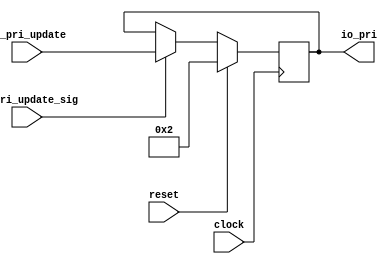
module Pri_elem_8(
  input        clock,
  input        reset,
  output [4:0] io_pri,
  input  [4:0] io_pri_update,
  input        io_pri_update_sig
);
`ifdef RANDOMIZE_REG_INIT
  reg [31:0] _RAND_0;
`endif // RANDOMIZE_REG_INIT
  reg [4:0] Pri; // @[Priority_agent.scala 21:18]
  assign io_pri = Pri; // @[Priority_agent.scala 31:9]
  always @(posedge clock) begin
    if (reset) begin // @[Priority_agent.scala 21:18]
      Pri <= 5'h2; // @[Priority_agent.scala 21:18]
    end else if (io_pri_update_sig) begin // @[Priority_agent.scala 40:3]
      Pri <= io_pri_update; // @[Priority_agent.scala 40:7]
    end else if (io_pri_update_sig) begin // @[Priority_agent.scala 27:3]
      Pri <= io_pri_update; // @[Priority_agent.scala 28:8]
    end
  end
// Register and memory initialization
`ifdef RANDOMIZE_GARBAGE_ASSIGN
`define RANDOMIZE
`endif
`ifdef RANDOMIZE_INVALID_ASSIGN
`define RANDOMIZE
`endif
`ifdef RANDOMIZE_REG_INIT
`define RANDOMIZE
`endif
`ifdef RANDOMIZE_MEM_INIT
`define RANDOMIZE
`endif
`ifndef RANDOM
`define RANDOM $random
`endif
`ifdef RANDOMIZE_MEM_INIT
  integer initvar;
`endif
`ifndef SYNTHESIS
`ifdef FIRRTL_BEFORE_INITIAL
`FIRRTL_BEFORE_INITIAL
`endif
initial begin
  `ifdef RANDOMIZE
    `ifdef INIT_RANDOM
      `INIT_RANDOM
    `endif
    `ifndef VERILATOR
      `ifdef RANDOMIZE_DELAY
        #`RANDOMIZE_DELAY begin end
      `else
        #0.002 begin end
      `endif
    `endif
`ifdef RANDOMIZE_REG_INIT
  _RAND_0 = {1{`RANDOM}};
  Pri = _RAND_0[4:0];
`endif // RANDOMIZE_REG_INIT
  `endif // RANDOMIZE
end // initial
`ifdef FIRRTL_AFTER_INITIAL
`FIRRTL_AFTER_INITIAL
`endif
`endif // SYNTHESIS
endmodule
module Pri_elem_9(
  input        clock,
  input        reset,
  output [4:0] io_pri,
  input  [4:0] io_pri_update,
  input        io_pri_update_sig
);
`ifdef RANDOMIZE_REG_INIT
  reg [31:0] _RAND_0;
`endif // RANDOMIZE_REG_INIT
  reg [4:0] Pri; // @[Priority_agent.scala 21:18]
  assign io_pri = Pri; // @[Priority_agent.scala 31:9]
  always @(posedge clock) begin
    if (reset) begin // @[Priority_agent.scala 21:18]
      Pri <= 5'h2; // @[Priority_agent.scala 21:18]
    end else if (io_pri_update_sig) begin // @[Priority_agent.scala 40:3]
      Pri <= io_pri_update; // @[Priority_agent.scala 40:7]
    end else if (io_pri_update_sig) begin // @[Priority_agent.scala 27:3]
      Pri <= io_pri_update; // @[Priority_agent.scala 28:8]
    end
  end
// Register and memory initialization
`ifdef RANDOMIZE_GARBAGE_ASSIGN
`define RANDOMIZE
`endif
`ifdef RANDOMIZE_INVALID_ASSIGN
`define RANDOMIZE
`endif
`ifdef RANDOMIZE_REG_INIT
`define RANDOMIZE
`endif
`ifdef RANDOMIZE_MEM_INIT
`define RANDOMIZE
`endif
`ifndef RANDOM
`define RANDOM $random
`endif
`ifdef RANDOMIZE_MEM_INIT
  integer initvar;
`endif
`ifndef SYNTHESIS
`ifdef FIRRTL_BEFORE_INITIAL
`FIRRTL_BEFORE_INITIAL
`endif
initial begin
  `ifdef RANDOMIZE
    `ifdef INIT_RANDOM
      `INIT_RANDOM
    `endif
    `ifndef VERILATOR
      `ifdef RANDOMIZE_DELAY
        #`RANDOMIZE_DELAY begin end
      `else
        #0.002 begin end
      `endif
    `endif
`ifdef RANDOMIZE_REG_INIT
  _RAND_0 = {1{`RANDOM}};
  Pri = _RAND_0[4:0];
`endif // RANDOMIZE_REG_INIT
  `endif // RANDOMIZE
end // initial
`ifdef FIRRTL_AFTER_INITIAL
`FIRRTL_AFTER_INITIAL
`endif
`endif // SYNTHESIS
endmodule
module Pri_elem_10(
  input        clock,
  input        reset,
  output [4:0] io_pri,
  input  [4:0] io_pri_update,
  input        io_pri_update_sig
);
`ifdef RANDOMIZE_REG_INIT
  reg [31:0] _RAND_0;
`endif // RANDOMIZE_REG_INIT
  reg [4:0] Pri; // @[Priority_agent.scala 21:18]
  assign io_pri = Pri; // @[Priority_agent.scala 31:9]
  always @(posedge clock) begin
    if (reset) begin // @[Priority_agent.scala 21:18]
      Pri <= 5'h2; // @[Priority_agent.scala 21:18]
    end else if (io_pri_update_sig) begin // @[Priority_agent.scala 40:3]
      Pri <= io_pri_update; // @[Priority_agent.scala 40:7]
    end else if (io_pri_update_sig) begin // @[Priority_agent.scala 27:3]
      Pri <= io_pri_update; // @[Priority_agent.scala 28:8]
    end
  end
// Register and memory initialization
`ifdef RANDOMIZE_GARBAGE_ASSIGN
`define RANDOMIZE
`endif
`ifdef RANDOMIZE_INVALID_ASSIGN
`define RANDOMIZE
`endif
`ifdef RANDOMIZE_REG_INIT
`define RANDOMIZE
`endif
`ifdef RANDOMIZE_MEM_INIT
`define RANDOMIZE
`endif
`ifndef RANDOM
`define RANDOM $random
`endif
`ifdef RANDOMIZE_MEM_INIT
  integer initvar;
`endif
`ifndef SYNTHESIS
`ifdef FIRRTL_BEFORE_INITIAL
`FIRRTL_BEFORE_INITIAL
`endif
initial begin
  `ifdef RANDOMIZE
    `ifdef INIT_RANDOM
      `INIT_RANDOM
    `endif
    `ifndef VERILATOR
      `ifdef RANDOMIZE_DELAY
        #`RANDOMIZE_DELAY begin end
      `else
        #0.002 begin end
      `endif
    `endif
`ifdef RANDOMIZE_REG_INIT
  _RAND_0 = {1{`RANDOM}};
  Pri = _RAND_0[4:0];
`endif // RANDOMIZE_REG_INIT
  `endif // RANDOMIZE
end // initial
`ifdef FIRRTL_AFTER_INITIAL
`FIRRTL_AFTER_INITIAL
`endif
`endif // SYNTHESIS
endmodule
module Pri_elem_11(
  input        clock,
  input        reset,
  output [4:0] io_pri,
  input  [4:0] io_pri_update,
  input        io_pri_update_sig
);
`ifdef RANDOMIZE_REG_INIT
  reg [31:0] _RAND_0;
`endif // RANDOMIZE_REG_INIT
  reg [4:0] Pri; // @[Priority_agent.scala 21:18]
  assign io_pri = Pri; // @[Priority_agent.scala 31:9]
  always @(posedge clock) begin
    if (reset) begin // @[Priority_agent.scala 21:18]
      Pri <= 5'h2; // @[Priority_agent.scala 21:18]
    end else if (io_pri_update_sig) begin // @[Priority_agent.scala 40:3]
      Pri <= io_pri_update; // @[Priority_agent.scala 40:7]
    end else if (io_pri_update_sig) begin // @[Priority_agent.scala 27:3]
      Pri <= io_pri_update; // @[Priority_agent.scala 28:8]
    end
  end
// Register and memory initialization
`ifdef RANDOMIZE_GARBAGE_ASSIGN
`define RANDOMIZE
`endif
`ifdef RANDOMIZE_INVALID_ASSIGN
`define RANDOMIZE
`endif
`ifdef RANDOMIZE_REG_INIT
`define RANDOMIZE
`endif
`ifdef RANDOMIZE_MEM_INIT
`define RANDOMIZE
`endif
`ifndef RANDOM
`define RANDOM $random
`endif
`ifdef RANDOMIZE_MEM_INIT
  integer initvar;
`endif
`ifndef SYNTHESIS
`ifdef FIRRTL_BEFORE_INITIAL
`FIRRTL_BEFORE_INITIAL
`endif
initial begin
  `ifdef RANDOMIZE
    `ifdef INIT_RANDOM
      `INIT_RANDOM
    `endif
    `ifndef VERILATOR
      `ifdef RANDOMIZE_DELAY
        #`RANDOMIZE_DELAY begin end
      `else
        #0.002 begin end
      `endif
    `endif
`ifdef RANDOMIZE_REG_INIT
  _RAND_0 = {1{`RANDOM}};
  Pri = _RAND_0[4:0];
`endif // RANDOMIZE_REG_INIT
  `endif // RANDOMIZE
end // initial
`ifdef FIRRTL_AFTER_INITIAL
`FIRRTL_AFTER_INITIAL
`endif
`endif // SYNTHESIS
endmodule
module Pri_elem_12(
  input        clock,
  input        reset,
  output [4:0] io_pri,
  input  [4:0] io_pri_update,
  input        io_pri_update_sig
);
`ifdef RANDOMIZE_REG_INIT
  reg [31:0] _RAND_0;
`endif // RANDOMIZE_REG_INIT
  reg [4:0] Pri; // @[Priority_agent.scala 21:18]
  assign io_pri = Pri; // @[Priority_agent.scala 31:9]
  always @(posedge clock) begin
    if (reset) begin // @[Priority_agent.scala 21:18]
      Pri <= 5'h2; // @[Priority_agent.scala 21:18]
    end else if (io_pri_update_sig) begin // @[Priority_agent.scala 40:3]
      Pri <= io_pri_update; // @[Priority_agent.scala 40:7]
    end else if (io_pri_update_sig) begin // @[Priority_agent.scala 27:3]
      Pri <= io_pri_update; // @[Priority_agent.scala 28:8]
    end
  end
// Register and memory initialization
`ifdef RANDOMIZE_GARBAGE_ASSIGN
`define RANDOMIZE
`endif
`ifdef RANDOMIZE_INVALID_ASSIGN
`define RANDOMIZE
`endif
`ifdef RANDOMIZE_REG_INIT
`define RANDOMIZE
`endif
`ifdef RANDOMIZE_MEM_INIT
`define RANDOMIZE
`endif
`ifndef RANDOM
`define RANDOM $random
`endif
`ifdef RANDOMIZE_MEM_INIT
  integer initvar;
`endif
`ifndef SYNTHESIS
`ifdef FIRRTL_BEFORE_INITIAL
`FIRRTL_BEFORE_INITIAL
`endif
initial begin
  `ifdef RANDOMIZE
    `ifdef INIT_RANDOM
      `INIT_RANDOM
    `endif
    `ifndef VERILATOR
      `ifdef RANDOMIZE_DELAY
        #`RANDOMIZE_DELAY begin end
      `else
        #0.002 begin end
      `endif
    `endif
`ifdef RANDOMIZE_REG_INIT
  _RAND_0 = {1{`RANDOM}};
  Pri = _RAND_0[4:0];
`endif // RANDOMIZE_REG_INIT
  `endif // RANDOMIZE
end // initial
`ifdef FIRRTL_AFTER_INITIAL
`FIRRTL_AFTER_INITIAL
`endif
`endif // SYNTHESIS
endmodule
module Pri_elem_13(
  input        clock,
  input        reset,
  output [4:0] io_pri,
  input  [4:0] io_pri_update,
  input        io_pri_update_sig
);
`ifdef RANDOMIZE_REG_INIT
  reg [31:0] _RAND_0;
`endif // RANDOMIZE_REG_INIT
  reg [4:0] Pri; // @[Priority_agent.scala 21:18]
  assign io_pri = Pri; // @[Priority_agent.scala 31:9]
  always @(posedge clock) begin
    if (reset) begin // @[Priority_agent.scala 21:18]
      Pri <= 5'h2; // @[Priority_agent.scala 21:18]
    end else if (io_pri_update_sig) begin // @[Priority_agent.scala 40:3]
      Pri <= io_pri_update; // @[Priority_agent.scala 40:7]
    end else if (io_pri_update_sig) begin // @[Priority_agent.scala 27:3]
      Pri <= io_pri_update; // @[Priority_agent.scala 28:8]
    end
  end
// Register and memory initialization
`ifdef RANDOMIZE_GARBAGE_ASSIGN
`define RANDOMIZE
`endif
`ifdef RANDOMIZE_INVALID_ASSIGN
`define RANDOMIZE
`endif
`ifdef RANDOMIZE_REG_INIT
`define RANDOMIZE
`endif
`ifdef RANDOMIZE_MEM_INIT
`define RANDOMIZE
`endif
`ifndef RANDOM
`define RANDOM $random
`endif
`ifdef RANDOMIZE_MEM_INIT
  integer initvar;
`endif
`ifndef SYNTHESIS
`ifdef FIRRTL_BEFORE_INITIAL
`FIRRTL_BEFORE_INITIAL
`endif
initial begin
  `ifdef RANDOMIZE
    `ifdef INIT_RANDOM
      `INIT_RANDOM
    `endif
    `ifndef VERILATOR
      `ifdef RANDOMIZE_DELAY
        #`RANDOMIZE_DELAY begin end
      `else
        #0.002 begin end
      `endif
    `endif
`ifdef RANDOMIZE_REG_INIT
  _RAND_0 = {1{`RANDOM}};
  Pri = _RAND_0[4:0];
`endif // RANDOMIZE_REG_INIT
  `endif // RANDOMIZE
end // initial
`ifdef FIRRTL_AFTER_INITIAL
`FIRRTL_AFTER_INITIAL
`endif
`endif // SYNTHESIS
endmodule
module Pri_elem_14(
  input        clock,
  input        reset,
  output [4:0] io_pri,
  input  [4:0] io_pri_update,
  input        io_pri_update_sig
);
`ifdef RANDOMIZE_REG_INIT
  reg [31:0] _RAND_0;
`endif // RANDOMIZE_REG_INIT
  reg [4:0] Pri; // @[Priority_agent.scala 21:18]
  assign io_pri = Pri; // @[Priority_agent.scala 31:9]
  always @(posedge clock) begin
    if (reset) begin // @[Priority_agent.scala 21:18]
      Pri <= 5'h2; // @[Priority_agent.scala 21:18]
    end else if (io_pri_update_sig) begin // @[Priority_agent.scala 40:3]
      Pri <= io_pri_update; // @[Priority_agent.scala 40:7]
    end else if (io_pri_update_sig) begin // @[Priority_agent.scala 27:3]
      Pri <= io_pri_update; // @[Priority_agent.scala 28:8]
    end
  end
// Register and memory initialization
`ifdef RANDOMIZE_GARBAGE_ASSIGN
`define RANDOMIZE
`endif
`ifdef RANDOMIZE_INVALID_ASSIGN
`define RANDOMIZE
`endif
`ifdef RANDOMIZE_REG_INIT
`define RANDOMIZE
`endif
`ifdef RANDOMIZE_MEM_INIT
`define RANDOMIZE
`endif
`ifndef RANDOM
`define RANDOM $random
`endif
`ifdef RANDOMIZE_MEM_INIT
  integer initvar;
`endif
`ifndef SYNTHESIS
`ifdef FIRRTL_BEFORE_INITIAL
`FIRRTL_BEFORE_INITIAL
`endif
initial begin
  `ifdef RANDOMIZE
    `ifdef INIT_RANDOM
      `INIT_RANDOM
    `endif
    `ifndef VERILATOR
      `ifdef RANDOMIZE_DELAY
        #`RANDOMIZE_DELAY begin end
      `else
        #0.002 begin end
      `endif
    `endif
`ifdef RANDOMIZE_REG_INIT
  _RAND_0 = {1{`RANDOM}};
  Pri = _RAND_0[4:0];
`endif // RANDOMIZE_REG_INIT
  `endif // RANDOMIZE
end // initial
`ifdef FIRRTL_AFTER_INITIAL
`FIRRTL_AFTER_INITIAL
`endif
`endif // SYNTHESIS
endmodule
module Pri_elem_15(
  input        clock,
  input        reset,
  output [4:0] io_pri,
  input  [4:0] io_pri_update,
  input        io_pri_update_sig
);
`ifdef RANDOMIZE_REG_INIT
  reg [31:0] _RAND_0;
`endif // RANDOMIZE_REG_INIT
  reg [4:0] Pri; // @[Priority_agent.scala 21:18]
  assign io_pri = Pri; // @[Priority_agent.scala 31:9]
  always @(posedge clock) begin
    if (reset) begin // @[Priority_agent.scala 21:18]
      Pri <= 5'h2; // @[Priority_agent.scala 21:18]
    end else if (io_pri_update_sig) begin // @[Priority_agent.scala 40:3]
      Pri <= io_pri_update; // @[Priority_agent.scala 40:7]
    end else if (io_pri_update_sig) begin // @[Priority_agent.scala 27:3]
      Pri <= io_pri_update; // @[Priority_agent.scala 28:8]
    end
  end
// Register and memory initialization
`ifdef RANDOMIZE_GARBAGE_ASSIGN
`define RANDOMIZE
`endif
`ifdef RANDOMIZE_INVALID_ASSIGN
`define RANDOMIZE
`endif
`ifdef RANDOMIZE_REG_INIT
`define RANDOMIZE
`endif
`ifdef RANDOMIZE_MEM_INIT
`define RANDOMIZE
`endif
`ifndef RANDOM
`define RANDOM $random
`endif
`ifdef RANDOMIZE_MEM_INIT
  integer initvar;
`endif
`ifndef SYNTHESIS
`ifdef FIRRTL_BEFORE_INITIAL
`FIRRTL_BEFORE_INITIAL
`endif
initial begin
  `ifdef RANDOMIZE
    `ifdef INIT_RANDOM
      `INIT_RANDOM
    `endif
    `ifndef VERILATOR
      `ifdef RANDOMIZE_DELAY
        #`RANDOMIZE_DELAY begin end
      `else
        #0.002 begin end
      `endif
    `endif
`ifdef RANDOMIZE_REG_INIT
  _RAND_0 = {1{`RANDOM}};
  Pri = _RAND_0[4:0];
`endif // RANDOMIZE_REG_INIT
  `endif // RANDOMIZE
end // initial
`ifdef FIRRTL_AFTER_INITIAL
`FIRRTL_AFTER_INITIAL
`endif
`endif // SYNTHESIS
endmodule
module By_ID_sel(
  output       io_sel_sig_0,
  output       io_sel_sig_1,
  output       io_sel_sig_2,
  output       io_sel_sig_3,
  output       io_sel_sig_4,
  output       io_sel_sig_5,
  output       io_sel_sig_6,
  output       io_sel_sig_7,
  input  [3:0] io_ID_in
);
  assign io_sel_sig_0 = io_ID_in == 4'h8; // @[By_ID_sel.scala 21:31]
  assign io_sel_sig_1 = io_ID_in == 4'h9; // @[By_ID_sel.scala 21:31]
  assign io_sel_sig_2 = io_ID_in == 4'ha; // @[By_ID_sel.scala 21:31]
  assign io_sel_sig_3 = io_ID_in == 4'hb; // @[By_ID_sel.scala 21:31]
  assign io_sel_sig_4 = io_ID_in == 4'hc; // @[By_ID_sel.scala 21:31]
  assign io_sel_sig_5 = io_ID_in == 4'hd; // @[By_ID_sel.scala 21:31]
  assign io_sel_sig_6 = io_ID_in == 4'he; // @[By_ID_sel.scala 21:31]
  assign io_sel_sig_7 = io_ID_in == 4'hf; // @[By_ID_sel.scala 21:31]
endmodule
module Priority_agent(
  input        clock,
  input        reset,
  input        io_dyn_int_claim_sig,
  output [4:0] io_int_pri_0,
  output [4:0] io_int_pri_1,
  output [4:0] io_int_pri_2,
  output [4:0] io_int_pri_3,
  output [4:0] io_int_pri_4,
  output [4:0] io_int_pri_5,
  output [4:0] io_int_pri_6,
  output [4:0] io_int_pri_7,
  output [4:0] io_int_pri_8,
  output [4:0] io_int_pri_9,
  output [4:0] io_int_pri_10,
  output [4:0] io_int_pri_11,
  output [4:0] io_int_pri_12,
  output [4:0] io_int_pri_13,
  output [4:0] io_int_pri_14,
  output [4:0] io_int_pri_15,
  input        io_dyn_int_occ_sig,
  input  [3:0] io_dyn_int_occ_ID,
  input  [3:0] io_dyn_int_claim_ID
);
  wire  Pri_elem_8_clock; // @[Priority_agent.scala 54:24]
  wire  Pri_elem_8_reset; // @[Priority_agent.scala 54:24]
  wire [4:0] Pri_elem_8_io_pri; // @[Priority_agent.scala 54:24]
  wire [4:0] Pri_elem_8_io_pri_update; // @[Priority_agent.scala 54:24]
  wire  Pri_elem_8_io_pri_update_sig; // @[Priority_agent.scala 54:24]
  wire  Pri_elem_9_clock; // @[Priority_agent.scala 54:24]
  wire  Pri_elem_9_reset; // @[Priority_agent.scala 54:24]
  wire [4:0] Pri_elem_9_io_pri; // @[Priority_agent.scala 54:24]
  wire [4:0] Pri_elem_9_io_pri_update; // @[Priority_agent.scala 54:24]
  wire  Pri_elem_9_io_pri_update_sig; // @[Priority_agent.scala 54:24]
  wire  Pri_elem_10_clock; // @[Priority_agent.scala 54:24]
  wire  Pri_elem_10_reset; // @[Priority_agent.scala 54:24]
  wire [4:0] Pri_elem_10_io_pri; // @[Priority_agent.scala 54:24]
  wire [4:0] Pri_elem_10_io_pri_update; // @[Priority_agent.scala 54:24]
  wire  Pri_elem_10_io_pri_update_sig; // @[Priority_agent.scala 54:24]
  wire  Pri_elem_11_clock; // @[Priority_agent.scala 54:24]
  wire  Pri_elem_11_reset; // @[Priority_agent.scala 54:24]
  wire [4:0] Pri_elem_11_io_pri; // @[Priority_agent.scala 54:24]
  wire [4:0] Pri_elem_11_io_pri_update; // @[Priority_agent.scala 54:24]
  wire  Pri_elem_11_io_pri_update_sig; // @[Priority_agent.scala 54:24]
  wire  Pri_elem_12_clock; // @[Priority_agent.scala 54:24]
  wire  Pri_elem_12_reset; // @[Priority_agent.scala 54:24]
  wire [4:0] Pri_elem_12_io_pri; // @[Priority_agent.scala 54:24]
  wire [4:0] Pri_elem_12_io_pri_update; // @[Priority_agent.scala 54:24]
  wire  Pri_elem_12_io_pri_update_sig; // @[Priority_agent.scala 54:24]
  wire  Pri_elem_13_clock; // @[Priority_agent.scala 54:24]
  wire  Pri_elem_13_reset; // @[Priority_agent.scala 54:24]
  wire [4:0] Pri_elem_13_io_pri; // @[Priority_agent.scala 54:24]
  wire [4:0] Pri_elem_13_io_pri_update; // @[Priority_agent.scala 54:24]
  wire  Pri_elem_13_io_pri_update_sig; // @[Priority_agent.scala 54:24]
  wire  Pri_elem_14_clock; // @[Priority_agent.scala 54:24]
  wire  Pri_elem_14_reset; // @[Priority_agent.scala 54:24]
  wire [4:0] Pri_elem_14_io_pri; // @[Priority_agent.scala 54:24]
  wire [4:0] Pri_elem_14_io_pri_update; // @[Priority_agent.scala 54:24]
  wire  Pri_elem_14_io_pri_update_sig; // @[Priority_agent.scala 54:24]
  wire  Pri_elem_15_clock; // @[Priority_agent.scala 54:24]
  wire  Pri_elem_15_reset; // @[Priority_agent.scala 54:24]
  wire [4:0] Pri_elem_15_io_pri; // @[Priority_agent.scala 54:24]
  wire [4:0] Pri_elem_15_io_pri_update; // @[Priority_agent.scala 54:24]
  wire  Pri_elem_15_io_pri_update_sig; // @[Priority_agent.scala 54:24]
  wire  IntClaimSel_io_sel_sig_0; // @[Priority_agent.scala 59:25]
  wire  IntClaimSel_io_sel_sig_1; // @[Priority_agent.scala 59:25]
  wire  IntClaimSel_io_sel_sig_2; // @[Priority_agent.scala 59:25]
  wire  IntClaimSel_io_sel_sig_3; // @[Priority_agent.scala 59:25]
  wire  IntClaimSel_io_sel_sig_4; // @[Priority_agent.scala 59:25]
  wire  IntClaimSel_io_sel_sig_5; // @[Priority_agent.scala 59:25]
  wire  IntClaimSel_io_sel_sig_6; // @[Priority_agent.scala 59:25]
  wire  IntClaimSel_io_sel_sig_7; // @[Priority_agent.scala 59:25]
  wire [3:0] IntClaimSel_io_ID_in; // @[Priority_agent.scala 59:25]
  wire  IntOccSel_io_sel_sig_0; // @[Priority_agent.scala 60:23]
  wire  IntOccSel_io_sel_sig_1; // @[Priority_agent.scala 60:23]
  wire  IntOccSel_io_sel_sig_2; // @[Priority_agent.scala 60:23]
  wire  IntOccSel_io_sel_sig_3; // @[Priority_agent.scala 60:23]
  wire  IntOccSel_io_sel_sig_4; // @[Priority_agent.scala 60:23]
  wire  IntOccSel_io_sel_sig_5; // @[Priority_agent.scala 60:23]
  wire  IntOccSel_io_sel_sig_6; // @[Priority_agent.scala 60:23]
  wire  IntOccSel_io_sel_sig_7; // @[Priority_agent.scala 60:23]
  wire [3:0] IntOccSel_io_ID_in; // @[Priority_agent.scala 60:23]
  wire [4:0] _T_1 = IntOccSel_io_sel_sig_0 ? 5'h1f : 5'h0; // @[Bitwise.scala 77:12]
  wire [4:0] _T_2 = _T_1 & 5'h2; // @[Priority_agent.scala 94:73]
  wire  _T_4 = ~IntOccSel_io_sel_sig_0 & io_dyn_int_occ_sig; // @[Priority_agent.scala 95:50]
  wire [4:0] _T_6 = _T_4 ? 5'h1f : 5'h0; // @[Bitwise.scala 77:12]
  wire [4:0] DynamPriUpdate_0 = Pri_elem_8_io_pri + 5'h1; // @[Priority_agent.scala 103:44]
  wire [4:0] _T_7 = _T_6 & DynamPriUpdate_0; // @[Priority_agent.scala 95:64]
  wire [4:0] _T_12 = IntOccSel_io_sel_sig_1 ? 5'h1f : 5'h0; // @[Bitwise.scala 77:12]
  wire [4:0] _T_13 = _T_12 & 5'h2; // @[Priority_agent.scala 94:73]
  wire  _T_15 = ~IntOccSel_io_sel_sig_1 & io_dyn_int_occ_sig; // @[Priority_agent.scala 95:50]
  wire [4:0] _T_17 = _T_15 ? 5'h1f : 5'h0; // @[Bitwise.scala 77:12]
  wire [4:0] DynamPriUpdate_1 = Pri_elem_9_io_pri + 5'h1; // @[Priority_agent.scala 103:44]
  wire [4:0] _T_18 = _T_17 & DynamPriUpdate_1; // @[Priority_agent.scala 95:64]
  wire [4:0] _T_23 = IntOccSel_io_sel_sig_2 ? 5'h1f : 5'h0; // @[Bitwise.scala 77:12]
  wire [4:0] _T_24 = _T_23 & 5'h2; // @[Priority_agent.scala 94:73]
  wire  _T_26 = ~IntOccSel_io_sel_sig_2 & io_dyn_int_occ_sig; // @[Priority_agent.scala 95:50]
  wire [4:0] _T_28 = _T_26 ? 5'h1f : 5'h0; // @[Bitwise.scala 77:12]
  wire [4:0] DynamPriUpdate_2 = Pri_elem_10_io_pri + 5'h1; // @[Priority_agent.scala 103:44]
  wire [4:0] _T_29 = _T_28 & DynamPriUpdate_2; // @[Priority_agent.scala 95:64]
  wire [4:0] _T_34 = IntOccSel_io_sel_sig_3 ? 5'h1f : 5'h0; // @[Bitwise.scala 77:12]
  wire [4:0] _T_35 = _T_34 & 5'h2; // @[Priority_agent.scala 94:73]
  wire  _T_37 = ~IntOccSel_io_sel_sig_3 & io_dyn_int_occ_sig; // @[Priority_agent.scala 95:50]
  wire [4:0] _T_39 = _T_37 ? 5'h1f : 5'h0; // @[Bitwise.scala 77:12]
  wire [4:0] DynamPriUpdate_3 = Pri_elem_11_io_pri + 5'h1; // @[Priority_agent.scala 103:44]
  wire [4:0] _T_40 = _T_39 & DynamPriUpdate_3; // @[Priority_agent.scala 95:64]
  wire [4:0] _T_45 = IntOccSel_io_sel_sig_4 ? 5'h1f : 5'h0; // @[Bitwise.scala 77:12]
  wire [4:0] _T_46 = _T_45 & 5'h2; // @[Priority_agent.scala 94:73]
  wire  _T_48 = ~IntOccSel_io_sel_sig_4 & io_dyn_int_occ_sig; // @[Priority_agent.scala 95:50]
  wire [4:0] _T_50 = _T_48 ? 5'h1f : 5'h0; // @[Bitwise.scala 77:12]
  wire [4:0] DynamPriUpdate_4 = Pri_elem_12_io_pri + 5'h1; // @[Priority_agent.scala 103:44]
  wire [4:0] _T_51 = _T_50 & DynamPriUpdate_4; // @[Priority_agent.scala 95:64]
  wire [4:0] _T_56 = IntOccSel_io_sel_sig_5 ? 5'h1f : 5'h0; // @[Bitwise.scala 77:12]
  wire [4:0] _T_57 = _T_56 & 5'h2; // @[Priority_agent.scala 94:73]
  wire  _T_59 = ~IntOccSel_io_sel_sig_5 & io_dyn_int_occ_sig; // @[Priority_agent.scala 95:50]
  wire [4:0] _T_61 = _T_59 ? 5'h1f : 5'h0; // @[Bitwise.scala 77:12]
  wire [4:0] DynamPriUpdate_5 = Pri_elem_13_io_pri + 5'h1; // @[Priority_agent.scala 103:44]
  wire [4:0] _T_62 = _T_61 & DynamPriUpdate_5; // @[Priority_agent.scala 95:64]
  wire [4:0] _T_67 = IntOccSel_io_sel_sig_6 ? 5'h1f : 5'h0; // @[Bitwise.scala 77:12]
  wire [4:0] _T_68 = _T_67 & 5'h2; // @[Priority_agent.scala 94:73]
  wire  _T_70 = ~IntOccSel_io_sel_sig_6 & io_dyn_int_occ_sig; // @[Priority_agent.scala 95:50]
  wire [4:0] _T_72 = _T_70 ? 5'h1f : 5'h0; // @[Bitwise.scala 77:12]
  wire [4:0] DynamPriUpdate_6 = Pri_elem_14_io_pri + 5'h1; // @[Priority_agent.scala 103:44]
  wire [4:0] _T_73 = _T_72 & DynamPriUpdate_6; // @[Priority_agent.scala 95:64]
  wire [4:0] _T_78 = IntOccSel_io_sel_sig_7 ? 5'h1f : 5'h0; // @[Bitwise.scala 77:12]
  wire [4:0] _T_79 = _T_78 & 5'h2; // @[Priority_agent.scala 94:73]
  wire  _T_81 = ~IntOccSel_io_sel_sig_7 & io_dyn_int_occ_sig; // @[Priority_agent.scala 95:50]
  wire [4:0] _T_83 = _T_81 ? 5'h1f : 5'h0; // @[Bitwise.scala 77:12]
  wire [4:0] DynamPriUpdate_7 = Pri_elem_15_io_pri + 5'h1; // @[Priority_agent.scala 103:44]
  wire [4:0] _T_84 = _T_83 & DynamPriUpdate_7; // @[Priority_agent.scala 95:64]
  Pri_elem_8 Pri_elem_8 ( // @[Priority_agent.scala 54:24]
    .clock(Pri_elem_8_clock),
    .reset(Pri_elem_8_reset),
    .io_pri(Pri_elem_8_io_pri),
    .io_pri_update(Pri_elem_8_io_pri_update),
    .io_pri_update_sig(Pri_elem_8_io_pri_update_sig)
  );
  Pri_elem_9 Pri_elem_9 ( // @[Priority_agent.scala 54:24]
    .clock(Pri_elem_9_clock),
    .reset(Pri_elem_9_reset),
    .io_pri(Pri_elem_9_io_pri),
    .io_pri_update(Pri_elem_9_io_pri_update),
    .io_pri_update_sig(Pri_elem_9_io_pri_update_sig)
  );
  Pri_elem_10 Pri_elem_10 ( // @[Priority_agent.scala 54:24]
    .clock(Pri_elem_10_clock),
    .reset(Pri_elem_10_reset),
    .io_pri(Pri_elem_10_io_pri),
    .io_pri_update(Pri_elem_10_io_pri_update),
    .io_pri_update_sig(Pri_elem_10_io_pri_update_sig)
  );
  Pri_elem_11 Pri_elem_11 ( // @[Priority_agent.scala 54:24]
    .clock(Pri_elem_11_clock),
    .reset(Pri_elem_11_reset),
    .io_pri(Pri_elem_11_io_pri),
    .io_pri_update(Pri_elem_11_io_pri_update),
    .io_pri_update_sig(Pri_elem_11_io_pri_update_sig)
  );
  Pri_elem_12 Pri_elem_12 ( // @[Priority_agent.scala 54:24]
    .clock(Pri_elem_12_clock),
    .reset(Pri_elem_12_reset),
    .io_pri(Pri_elem_12_io_pri),
    .io_pri_update(Pri_elem_12_io_pri_update),
    .io_pri_update_sig(Pri_elem_12_io_pri_update_sig)
  );
  Pri_elem_13 Pri_elem_13 ( // @[Priority_agent.scala 54:24]
    .clock(Pri_elem_13_clock),
    .reset(Pri_elem_13_reset),
    .io_pri(Pri_elem_13_io_pri),
    .io_pri_update(Pri_elem_13_io_pri_update),
    .io_pri_update_sig(Pri_elem_13_io_pri_update_sig)
  );
  Pri_elem_14 Pri_elem_14 ( // @[Priority_agent.scala 54:24]
    .clock(Pri_elem_14_clock),
    .reset(Pri_elem_14_reset),
    .io_pri(Pri_elem_14_io_pri),
    .io_pri_update(Pri_elem_14_io_pri_update),
    .io_pri_update_sig(Pri_elem_14_io_pri_update_sig)
  );
  Pri_elem_15 Pri_elem_15 ( // @[Priority_agent.scala 54:24]
    .clock(Pri_elem_15_clock),
    .reset(Pri_elem_15_reset),
    .io_pri(Pri_elem_15_io_pri),
    .io_pri_update(Pri_elem_15_io_pri_update),
    .io_pri_update_sig(Pri_elem_15_io_pri_update_sig)
  );
  By_ID_sel IntClaimSel ( // @[Priority_agent.scala 59:25]
    .io_sel_sig_0(IntClaimSel_io_sel_sig_0),
    .io_sel_sig_1(IntClaimSel_io_sel_sig_1),
    .io_sel_sig_2(IntClaimSel_io_sel_sig_2),
    .io_sel_sig_3(IntClaimSel_io_sel_sig_3),
    .io_sel_sig_4(IntClaimSel_io_sel_sig_4),
    .io_sel_sig_5(IntClaimSel_io_sel_sig_5),
    .io_sel_sig_6(IntClaimSel_io_sel_sig_6),
    .io_sel_sig_7(IntClaimSel_io_sel_sig_7),
    .io_ID_in(IntClaimSel_io_ID_in)
  );
  By_ID_sel IntOccSel ( // @[Priority_agent.scala 60:23]
    .io_sel_sig_0(IntOccSel_io_sel_sig_0),
    .io_sel_sig_1(IntOccSel_io_sel_sig_1),
    .io_sel_sig_2(IntOccSel_io_sel_sig_2),
    .io_sel_sig_3(IntOccSel_io_sel_sig_3),
    .io_sel_sig_4(IntOccSel_io_sel_sig_4),
    .io_sel_sig_5(IntOccSel_io_sel_sig_5),
    .io_sel_sig_6(IntOccSel_io_sel_sig_6),
    .io_sel_sig_7(IntOccSel_io_sel_sig_7),
    .io_ID_in(IntOccSel_io_ID_in)
  );
  assign io_int_pri_0 = 5'h1; // @[Priority_agent.scala 75:18]
  assign io_int_pri_1 = 5'h1; // @[Priority_agent.scala 75:18]
  assign io_int_pri_2 = 5'h1; // @[Priority_agent.scala 75:18]
  assign io_int_pri_3 = 5'h1; // @[Priority_agent.scala 75:18]
  assign io_int_pri_4 = 5'h1; // @[Priority_agent.scala 75:18]
  assign io_int_pri_5 = 5'h1; // @[Priority_agent.scala 75:18]
  assign io_int_pri_6 = 5'h1; // @[Priority_agent.scala 75:18]
  assign io_int_pri_7 = 5'h1; // @[Priority_agent.scala 75:18]
  assign io_int_pri_8 = Pri_elem_8_io_pri; // @[Priority_agent.scala 78:31]
  assign io_int_pri_9 = Pri_elem_9_io_pri; // @[Priority_agent.scala 78:31]
  assign io_int_pri_10 = Pri_elem_10_io_pri; // @[Priority_agent.scala 78:31]
  assign io_int_pri_11 = Pri_elem_11_io_pri; // @[Priority_agent.scala 78:31]
  assign io_int_pri_12 = Pri_elem_12_io_pri; // @[Priority_agent.scala 78:31]
  assign io_int_pri_13 = Pri_elem_13_io_pri; // @[Priority_agent.scala 78:31]
  assign io_int_pri_14 = Pri_elem_14_io_pri; // @[Priority_agent.scala 78:31]
  assign io_int_pri_15 = Pri_elem_15_io_pri; // @[Priority_agent.scala 78:31]
  assign Pri_elem_8_clock = clock;
  assign Pri_elem_8_reset = reset;
  assign Pri_elem_8_io_pri_update = _T_2 | _T_7; // @[Priority_agent.scala 94:84]
  assign Pri_elem_8_io_pri_update_sig = io_dyn_int_occ_sig; // @[Priority_agent.scala 100:35]
  assign Pri_elem_9_clock = clock;
  assign Pri_elem_9_reset = reset;
  assign Pri_elem_9_io_pri_update = _T_13 | _T_18; // @[Priority_agent.scala 94:84]
  assign Pri_elem_9_io_pri_update_sig = io_dyn_int_occ_sig; // @[Priority_agent.scala 100:35]
  assign Pri_elem_10_clock = clock;
  assign Pri_elem_10_reset = reset;
  assign Pri_elem_10_io_pri_update = _T_24 | _T_29; // @[Priority_agent.scala 94:84]
  assign Pri_elem_10_io_pri_update_sig = io_dyn_int_occ_sig; // @[Priority_agent.scala 100:35]
  assign Pri_elem_11_clock = clock;
  assign Pri_elem_11_reset = reset;
  assign Pri_elem_11_io_pri_update = _T_35 | _T_40; // @[Priority_agent.scala 94:84]
  assign Pri_elem_11_io_pri_update_sig = io_dyn_int_occ_sig; // @[Priority_agent.scala 100:35]
  assign Pri_elem_12_clock = clock;
  assign Pri_elem_12_reset = reset;
  assign Pri_elem_12_io_pri_update = _T_46 | _T_51; // @[Priority_agent.scala 94:84]
  assign Pri_elem_12_io_pri_update_sig = io_dyn_int_occ_sig; // @[Priority_agent.scala 100:35]
  assign Pri_elem_13_clock = clock;
  assign Pri_elem_13_reset = reset;
  assign Pri_elem_13_io_pri_update = _T_57 | _T_62; // @[Priority_agent.scala 94:84]
  assign Pri_elem_13_io_pri_update_sig = io_dyn_int_occ_sig; // @[Priority_agent.scala 100:35]
  assign Pri_elem_14_clock = clock;
  assign Pri_elem_14_reset = reset;
  assign Pri_elem_14_io_pri_update = _T_68 | _T_73; // @[Priority_agent.scala 94:84]
  assign Pri_elem_14_io_pri_update_sig = io_dyn_int_occ_sig; // @[Priority_agent.scala 100:35]
  assign Pri_elem_15_clock = clock;
  assign Pri_elem_15_reset = reset;
  assign Pri_elem_15_io_pri_update = _T_79 | _T_84; // @[Priority_agent.scala 94:84]
  assign Pri_elem_15_io_pri_update_sig = io_dyn_int_occ_sig; // @[Priority_agent.scala 100:35]
  assign IntClaimSel_io_ID_in = io_dyn_int_claim_ID; // @[Priority_agent.scala 81:23]
  assign IntOccSel_io_ID_in = io_dyn_int_occ_ID; // @[Priority_agent.scala 80:21]
endmodule